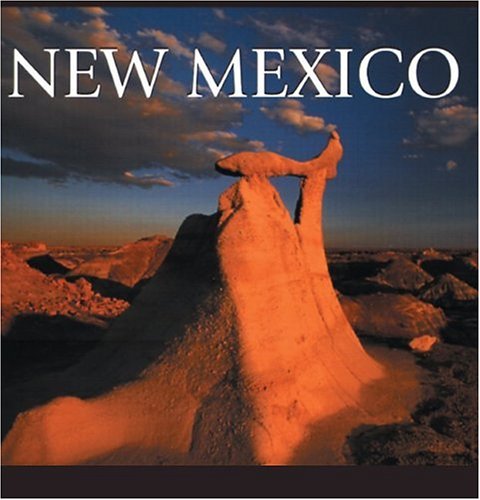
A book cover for New Mexico (America); Tanya Lloyd Kyi; Travel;